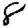
Digit: 8